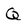
Character: Q